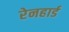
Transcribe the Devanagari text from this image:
रेनहार्ड